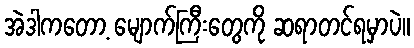
အဲဒါကတော့ မျောက်ကြီးတွေကို ဆရာတင်ရမှာပဲ။